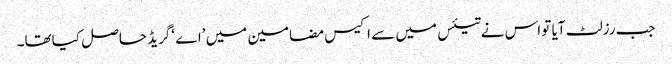
جب رزلٹ آیا تو اس نے تیئس میں سے اکیس مضامین میں ’اے ‘گریڈ حاصل کیاتھا۔